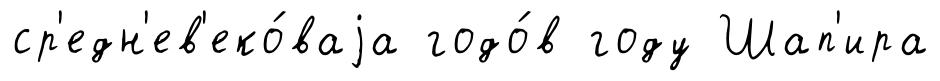
ср'едн'ев'еко́ваjа годо́в году Шап'ира